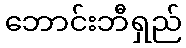
ဘောင်းဘီရှည်